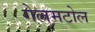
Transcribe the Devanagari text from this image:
गेलमटोल